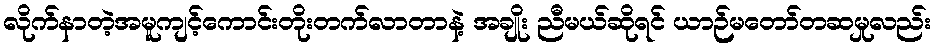
လိုက်နာတဲ့အမူကျင့်ကောင်းတိုးတက်လာတာနဲ့ အချိုး ညီမယ်ဆိုရင် ယာဉ်မတော်တဆမှုလည်း